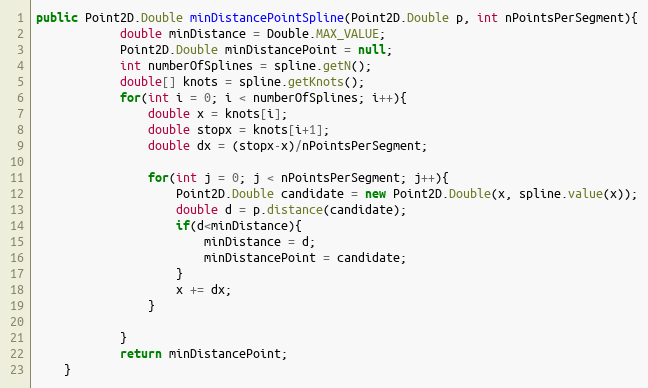
Language: Java
public Point2D.Double minDistancePointSpline(Point2D.Double p, int nPointsPerSegment){
			double minDistance = Double.MAX_VALUE;
			Point2D.Double minDistancePoint = null;
		    int numberOfSplines = spline.getN();
		    double[] knots = spline.getKnots();
		    for(int i = 0; i < numberOfSplines; i++){
		    	double x = knots[i];
		    	double stopx = knots[i+1];
		    	double dx = (stopx-x)/nPointsPerSegment;

		    	for(int j = 0; j < nPointsPerSegment; j++){
		    		Point2D.Double candidate = new Point2D.Double(x, spline.value(x));
		    		double d = p.distance(candidate);
		    		if(d<minDistance){
		    			minDistance = d;
		    			minDistancePoint = candidate;
		    		}
		    		x += dx;
		    	}

		    }
		    return minDistancePoint;
	}